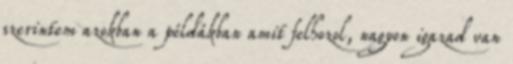
szerintem azokban a példákban amit felhozol, nagyon igazad van